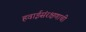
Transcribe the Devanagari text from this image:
हवाईसंरक्षणाची